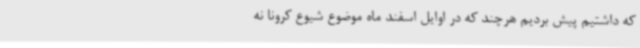
که داشتیم پیش بردیم هرچند که در اوایل اسفند ماه موضوع شیوع کرونا نه